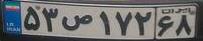
۵۳ص۱۷۲۶۸